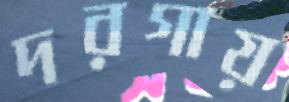
দরগায়